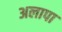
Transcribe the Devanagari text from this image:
अलापा